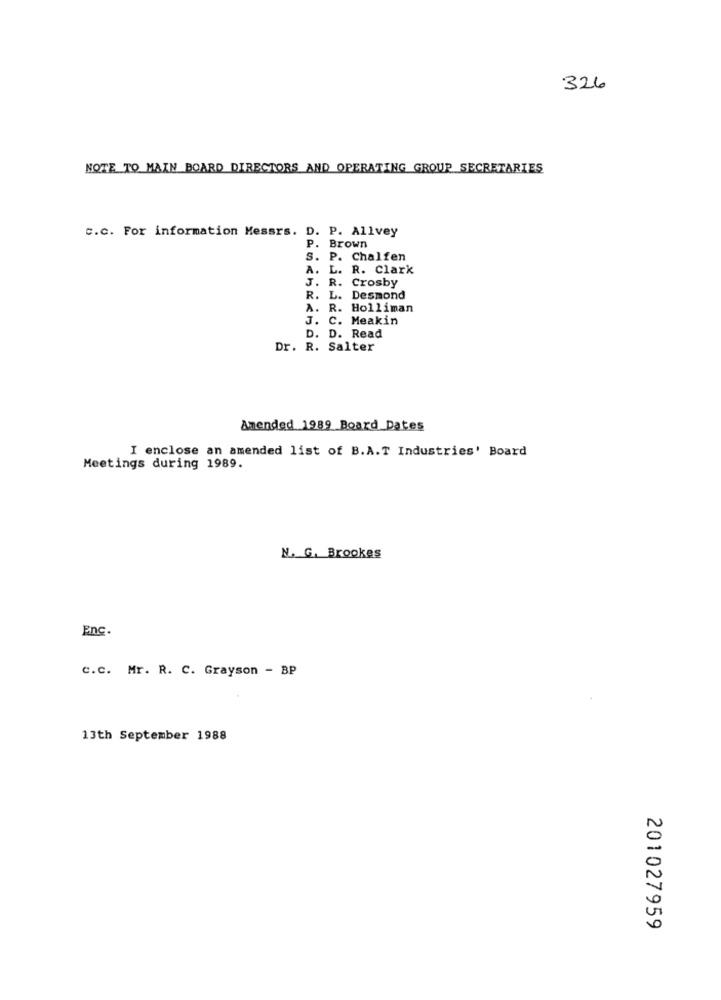
326
NOTE TO MAIN BOARD DIRECTORS AND OPERATING GROUP SECRETARIES
C.c. For information Messrs. D. P. Allvey
P. Brown
S. P. Chalfen
A. L. R. Clark
J. R.
Crosby
R. L. Desmond
A. R. Holliman
J. C. Meakin
D. D. Read
Dr. R. Salter
Amended 1989 Board Dates
I enclose an amended list of B.A.T Industries' Board
Meetings during 1989.
N. G. Brookes
Enc.
c.c. Mr. R. C. Grayson - BP
13th September 1988
201027959